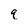
Character: q